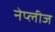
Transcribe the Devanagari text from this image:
नेप्लीज